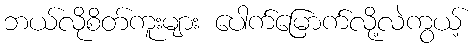
ဘယ်လိုစိတ်ကူးများ ပေါက်မြောက်လို့လဲကွယ့်